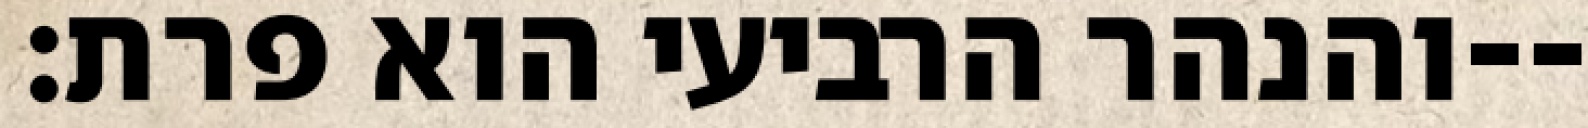
והנהר הרביעי הוא פרת׃--